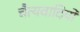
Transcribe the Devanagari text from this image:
चैत्यवादियों